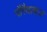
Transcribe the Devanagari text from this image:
गौरैयाबाज़